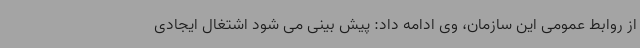
از روابط عمومی این سازمان، وی ادامه داد: پیش بینی می شود اشتغال ایجادی